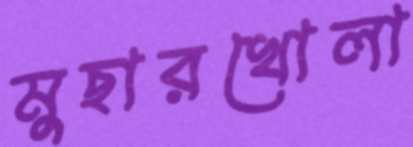
মুছারখোলা